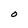
Character: O